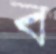
ব